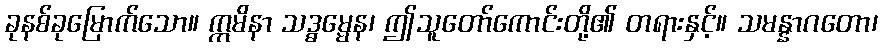
ခုနစ်ခုမြောက်သော။ ဣမိနာ သဒ္ဓမ္မေန၊ ဤသူတော်ကောင်းတို့၏ တရားနှင့်။ သမန္နာဂတော၊